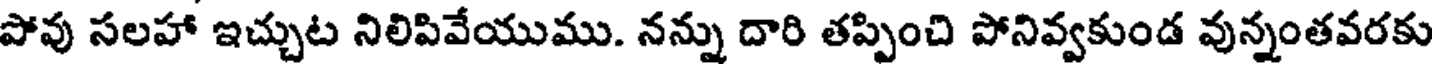
పోవు సలహా ఇచ్చుట నిలిపివేయుము. నన్ను దారి తప్పించి పోనివ్వకుండ వున్నంతవరకు